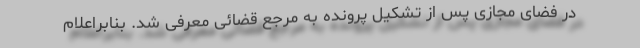
در فضای مجازی پس از تشکیل پرونده به مرجع قضائی معرفی شد. بنابراعلام